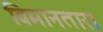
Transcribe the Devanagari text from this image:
बिमानतारा